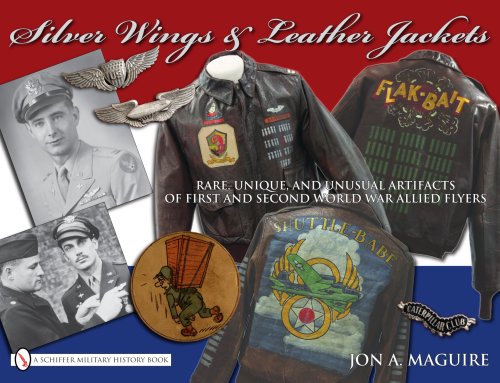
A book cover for Silver Wings & Leather Jackets: Rare, Unique, and Unusual Artifacts of First and Second World War Allied Flyers; John A. Maguire; History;